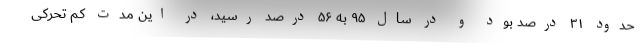
حدود ۳۱ درصد بود و در سال ۹۵ به ۵۶ درصد رسید، در این مدت کم تحرکی